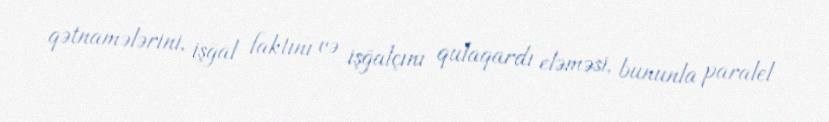
qətnamələrini, işğal faktını və işğalçını qulaqardı eləməsi, bununla paralel